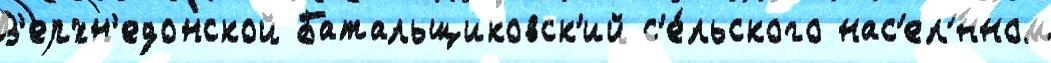
В'ерхн'едонской Батальщиковск'ий с'е́льского нас'ел'́нном